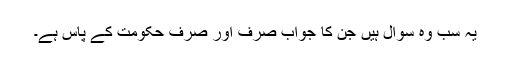
یہ سب وہ سوال ہیں جن کا جواب صرف اور صرف حکومت کے پاس ہے۔